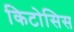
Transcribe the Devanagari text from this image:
किटोसिस